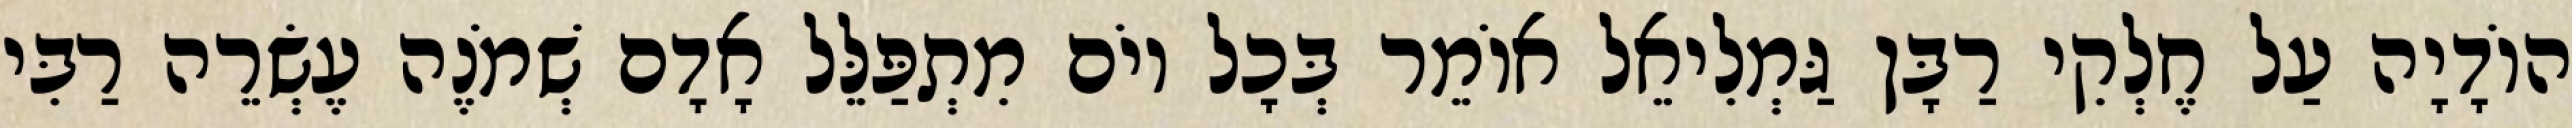
הוֹדָיָה עַל חֶלְקִי רַבָּן גַּמְלִיאֵל אוֹמֵר בְּכָל יוֹם מִתְפַּלֵּל אָדָם שְׁמֹנֶה עֶשְׂרֵה רַבִּי